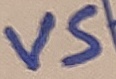
Text: VS